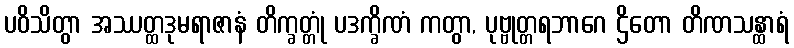
ပဝိသိတွာ အဿတ္ထဒုမရာဇာနံ တိက္ခတ္တုံ ပဒက္ခိဏံ ကတွာ, ပုဗ္ဗုတ္တရဘာဂေ ဌိတော တိဏသန္ထာရံ